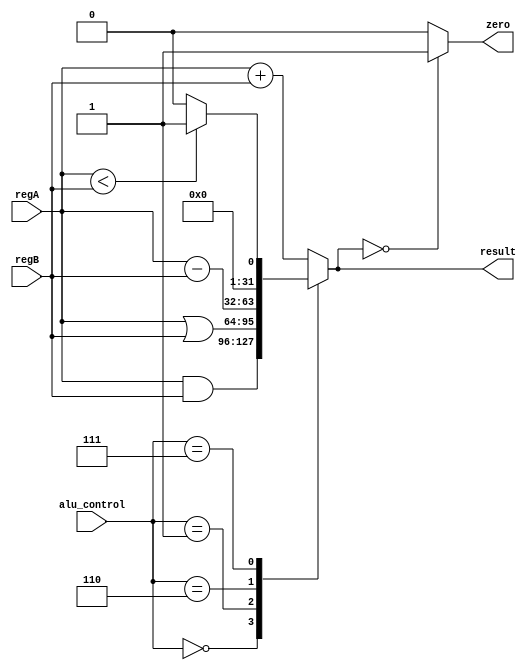
`timescale 1ns / 1ps

module ALU(
		input [31:0]  regA,          //src1  
      input [31:0]  regB,          //src2  
      input [2:0]   alu_control,		//function sel  
		//input clock,
      output reg [31:0]  result,          //result       
      output zero
    );
always @(*) 
 begin   
      casex(alu_control)  
      3'b000: result = regA & regB; // add  
      3'b001: result = regA | regB; // sub  
      3'b010: result = regA + regB; // and  
      3'b110: result = regA - regB; // or  
      3'b111: begin if (regA < regB) result = 32'd1;  
                     else result = 32'd0;  
                     end  
      default:result = regA + regB; // add  
      endcase  
 end  
 assign zero = (result == 32'd0) ? 1'b1: 1'b0;  
 
 endmodule